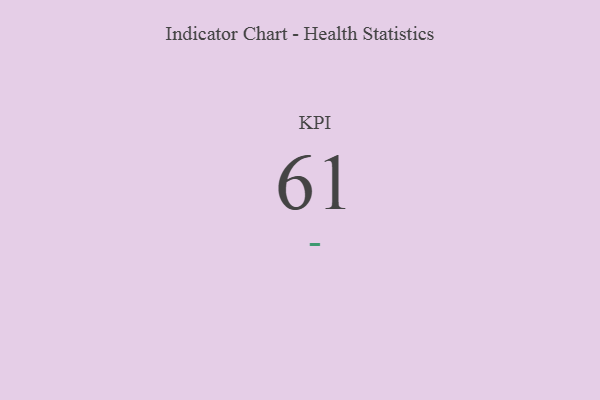
{"axis": {"x": "KPI", "y": "Value"}, "legend": [""], "data": [{"x": "KPI", "y": 61, "type": ""}]}